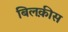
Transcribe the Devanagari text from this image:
बिलक़ीस